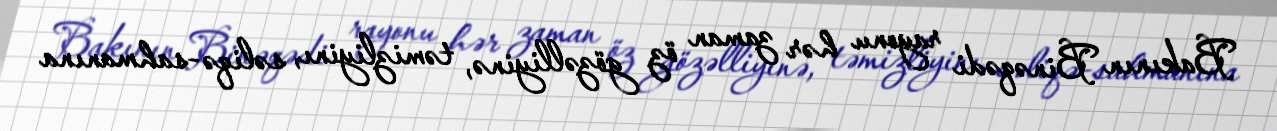
Bakının Binəqədi rayonu hər zaman öz gözəlliyinə, təmizliyinı, səliqə-sahmanına